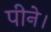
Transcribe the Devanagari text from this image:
पीने।